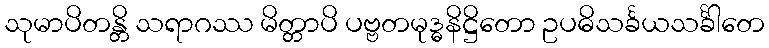
သုမာပိတန္တိ သရာဂဿ မိတ္တာပိ ပဗ္ဗတမုဒ္ဓနိဋ္ဌိတော ဥပဓိသင်္ခယသင်္ခါတေ